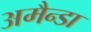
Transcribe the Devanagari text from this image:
अमैन्डा